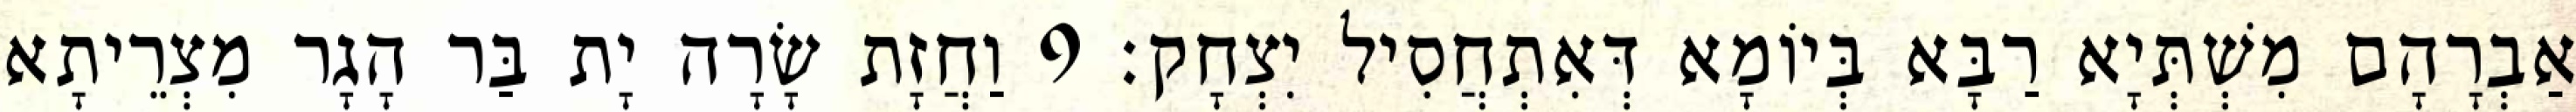
אַבְרָהָם מִשְׁתְּיָא רַבָּא בְּיוֹמָא דְּאִתְחֲסִיל יִצְחָק׃ 9 וַחֲזָת שָׂרָה יָת בַּר הָגָר מִצְרֵיתָא